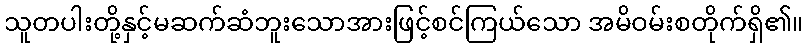
သူတပါးတို့နှင့်မဆက်ဆံဘူးသောအားဖြင့်စင်ကြယ်သော အမိဝမ်းစတိုက်ရှိ၏။